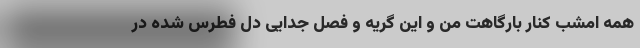
همه امشب کنارِ بارگاهت من و این گریه و فصلِ جدایی دلِ فطرس شده در